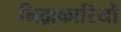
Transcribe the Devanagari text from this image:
निद्राकारियों